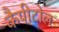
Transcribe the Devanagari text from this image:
कैपीटोल